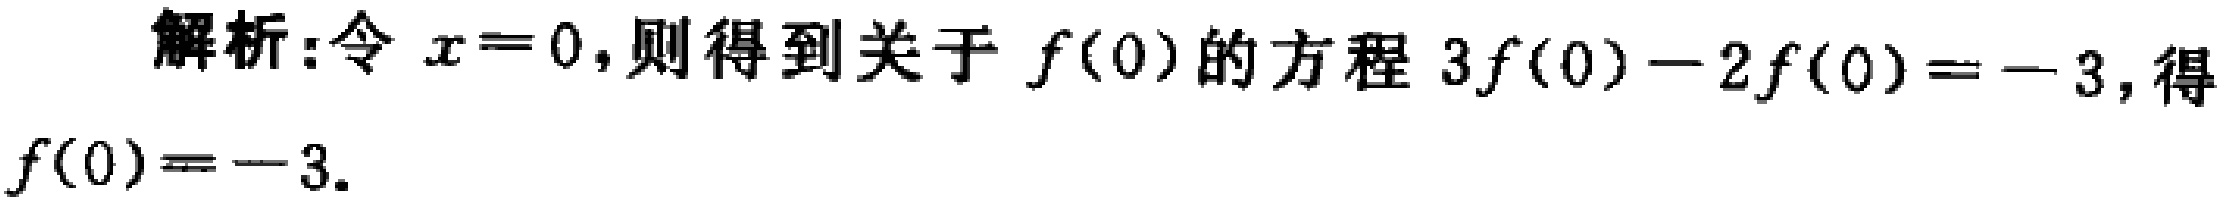
解析:令 \(x = 0\),则得到关于 \(f(0)\)的方程 \(3f(0)-2f(0)= - 3\),得\(f(0)=-3\).